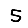
Digit: 5